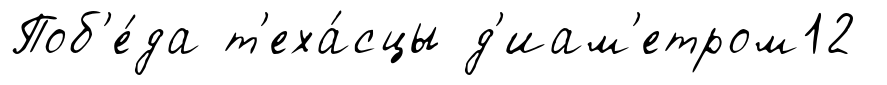
Поб'е́да т'еха́сцы д'иам'етром12